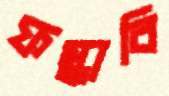
ফস্‌কাবি